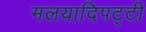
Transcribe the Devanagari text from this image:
मलयादिपट्टी